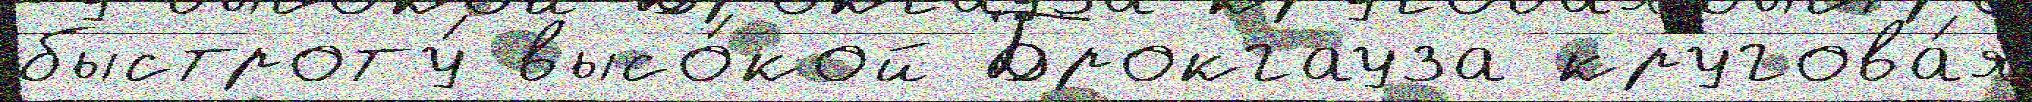
быстроту́ высо́кой Брокгауза кругова́я